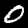
Digit: 0